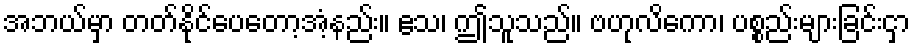
အဘယ်မှာ တတ်နိုင်ပေတော့အံ့နည်း။ ဧသ၊ ဤသူသည်။ ဗဟုလိကော၊ ပစ္စည်းများခြင်းငှာ